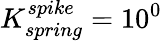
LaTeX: K_{spring}^{spike}=10^{0}